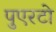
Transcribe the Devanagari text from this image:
पुएरटो